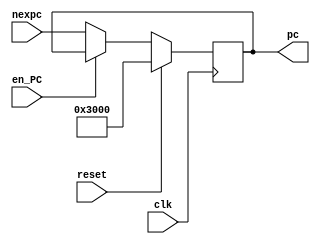
`timescale 1ns / 1ps
//////////////////////////////////////////////////////////////////////////////////
// Company: 
// Engineer: 
// 
// Design Name: 
// Module Name:    PC 
// Project Name: 
// Target Devices: 
// Tool versions: 
// Description: 
//
// Dependencies: 
//
// Revision: 
// Revision 0.01 - File Created
// Additional Comments: 
//
//////////////////////////////////////////////////////////////////////////////////
module PC(
    input clk,
    input reset,
	 input en_PC,
	 input [31:0]nexpc,
    output reg [31:0] pc
    );
	 initial begin
		pc<=32'h00003000;
	 end
	 always @(posedge clk)begin
			if (reset)begin
				pc<=32'h00003000;
			end
			else if (!en_PC) begin
				pc<=nexpc;
			end
	 end

endmodule